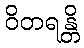
ဝိတရန္တိ